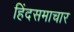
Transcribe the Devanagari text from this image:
हिंदसमाचार